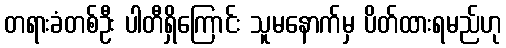
တရားခံတစ်ဦး ပါတီရှိကြောင်း သူမနောက်မှ ပိတ်ထားရမည်ဟု